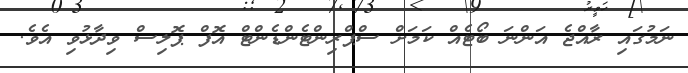
ނަމުގައި ރާއްޖެ އަންނަ ބޯޓެއް ކަމަށް ސްޕްރިންޓެންޑެންޓް އޮފް ޕޮލިސް ވިދާޅުވި އެވެ.